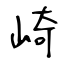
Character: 崎